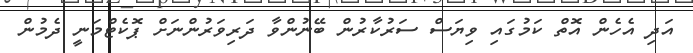
އަދި އެހެން އޮތް ކަމުގައި ވިޔަސް ސަރުކާރުން ބޭނުންވާ ދަރިވަރުންނަށް ޕޮކެޓްމަނީ ދެމުން